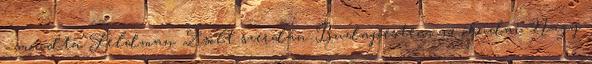
- mondta Feldman Zsolt szerdán Budapesten, az óbudai Nagy